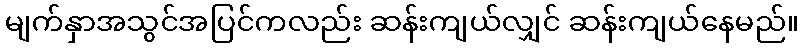
မျက်နှာအသွင်အပြင်ကလည်း ဆန်းကျယ်လျှင် ဆန်းကျယ်နေမည်။